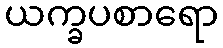
ယက္ခပစာရော